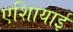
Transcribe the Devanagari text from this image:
एशिायाई